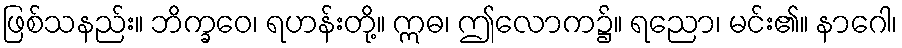
ဖြစ်သနည်း။ ဘိက္ခဝေ၊ ရဟန်းတို့။ ဣဓ၊ ဤလောက၌။ ရညော၊ မင်း၏။ နာဂေါ၊